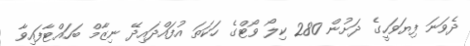
ދެވަނަ ފިޔަވަހީގެ ދަށުން 280 ކިލޯ ވޯޓްގެ ހަކަތަ އުފައްދައިދޭ ނިޒާމް ބަހައްޓާފައިވާ